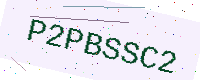
Text: P2PBSSC2